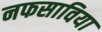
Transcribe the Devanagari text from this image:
नफसाविया